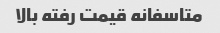
متاسفانه قیمت رفته بالا